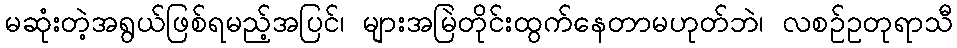
မဆုံးတဲ့အရွယ်ဖြစ်ရမည့်အပြင်၊ များအမြဲတိုင်းထွက်နေတာမဟုတ်ဘဲ၊ လစဉ်ဥတုရာသီ